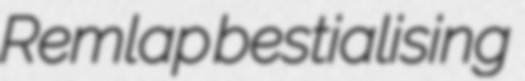
Remlap bestialising